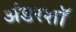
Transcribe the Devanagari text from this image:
अंडरशॉ